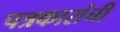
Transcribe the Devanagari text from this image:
पत्रकारांची